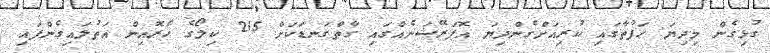
ގުޅިގެން މިދިޔަ ހަފުތާގައި ކުރިއަށްގެންދިޔަ އޮޕަރޭޝަނެއްގައި ގާތްގަނޑަކަށް 215 ކިލޯގެ ހެރޮއިން އަތުލައިގެންފައި